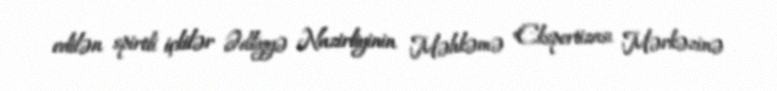
edilən spirtli içkilər Ədliyyə Nazirliyinin Məhkəmə Ekspertizası Mərkəzinə